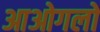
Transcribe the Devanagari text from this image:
आओगलो